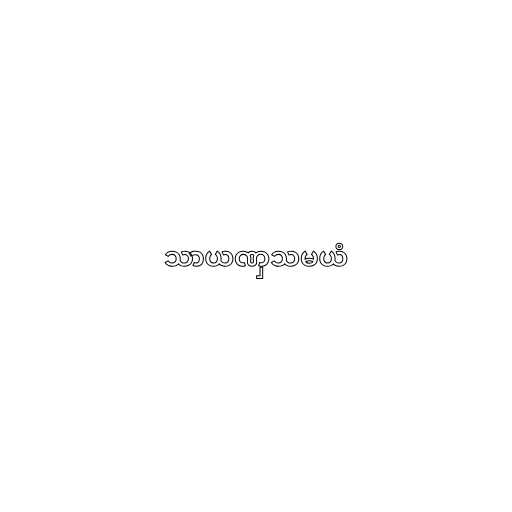
သာယဏှသမယံ